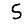
Digit: 5